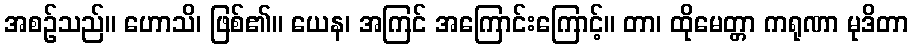
အစဉ်သည်။ ဟောသိ၊ ဖြစ်၏။ ယေန၊ အကြင် အကြောင်းကြောင့်။ တာ၊ ထိုမေတ္တာ ကရုဏာ မုဒိတာ